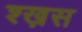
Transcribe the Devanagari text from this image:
श्ख़स